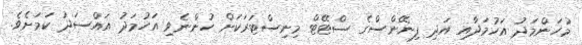
މުހަންމަދު އަހުމަދާއި އަދި ފިނޭންސްގެ ސްޓޭޓް މިނިސްޓަރަކަށް ހުންނެވި އަހުމަދު އައްސަދު ކަމަށެވެ.